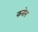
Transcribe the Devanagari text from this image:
कनोस